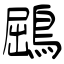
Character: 鶌